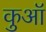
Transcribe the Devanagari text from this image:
कुआॅ